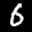
Label: 6